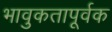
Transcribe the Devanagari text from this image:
भावुकतापूर्वक